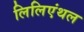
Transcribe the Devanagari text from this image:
लिलिएंथल